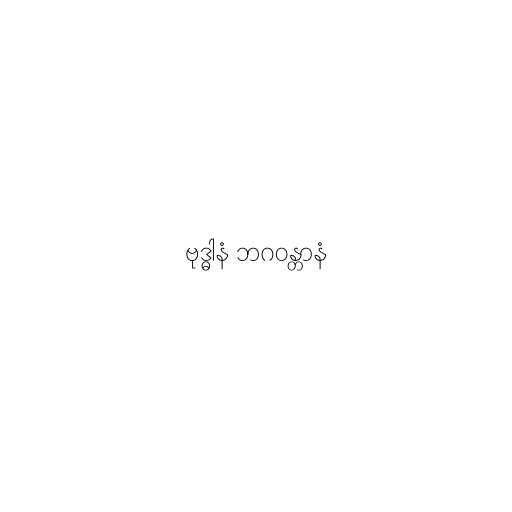
ဗုဒ္ဓါနံ ဘဂဝန္တာနံ